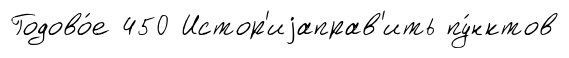
Годово́е 450 Истор'иjаправ'ить пу́нктов